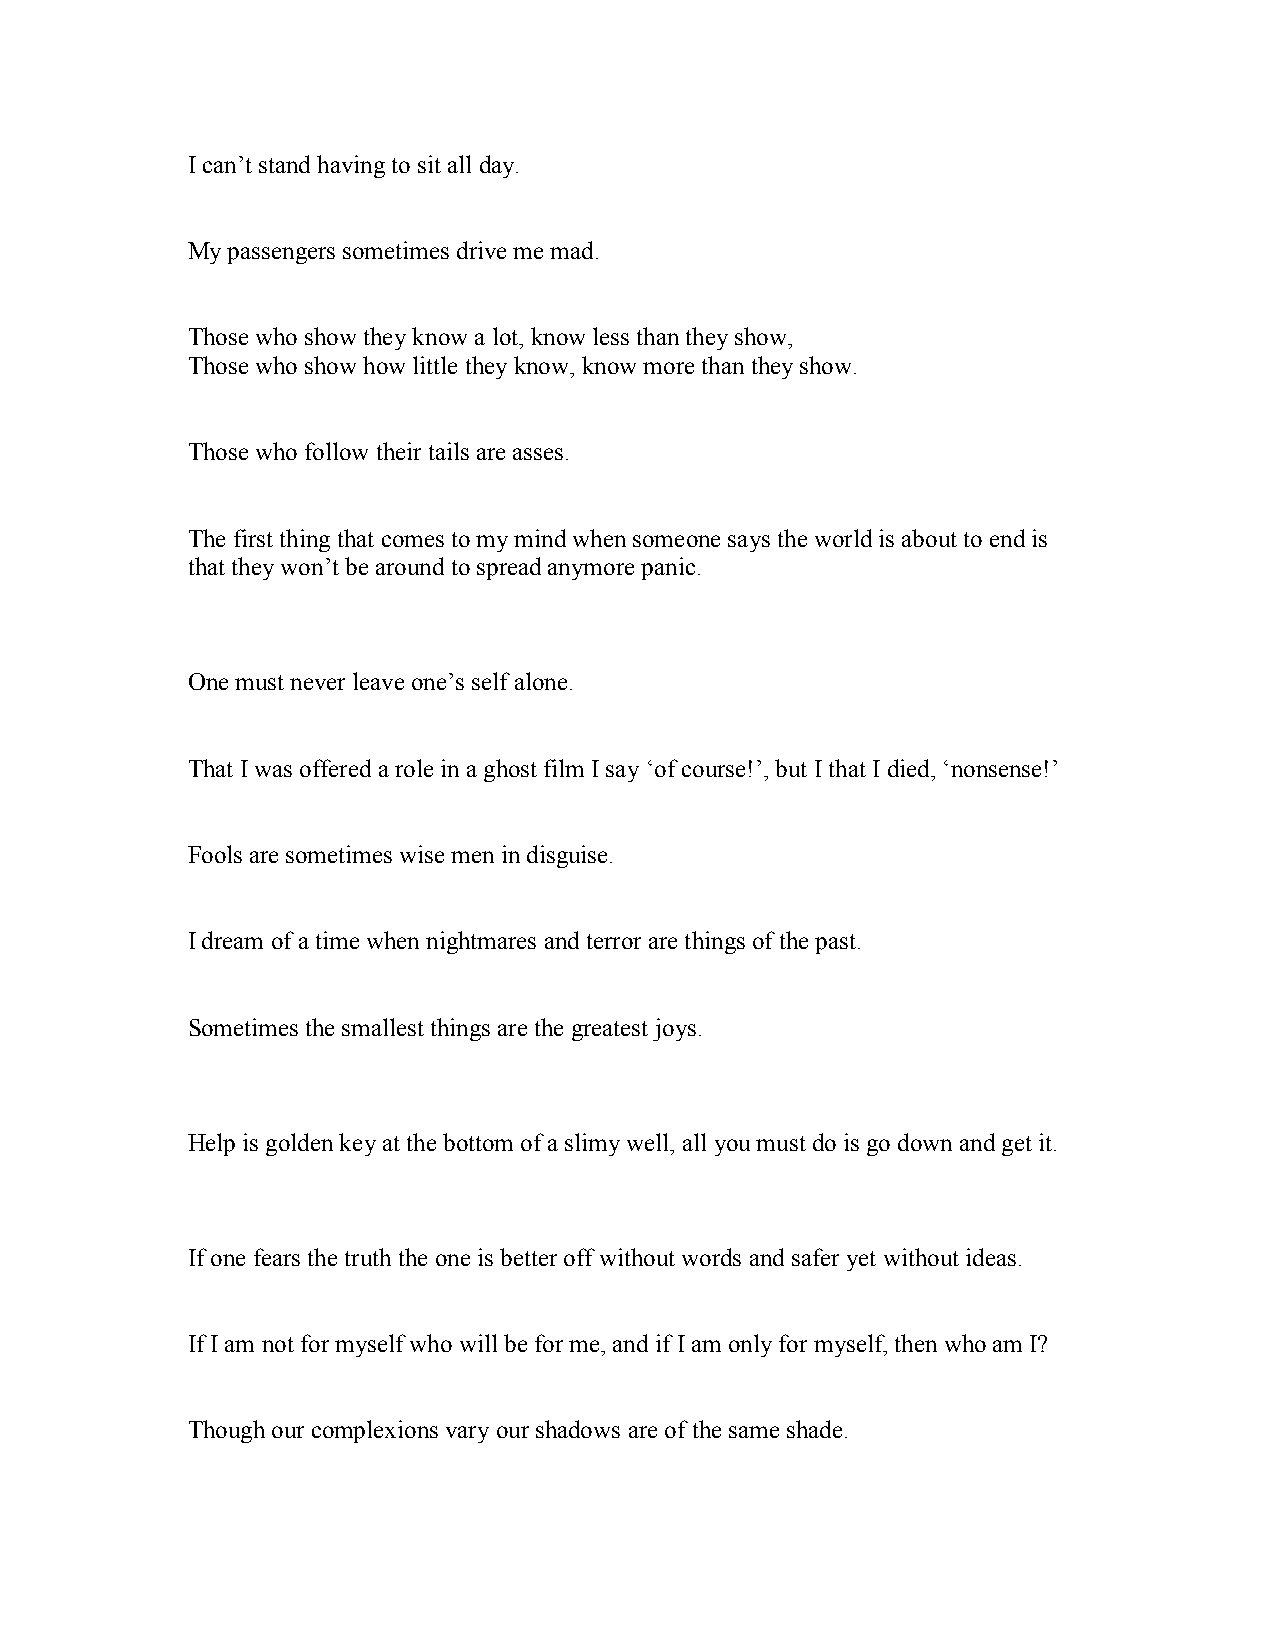
I can’t stand having to sit all day.
 My passengers sometimes drive me mad.
 Those who show they know a lot, know less than they show,
 Those who show how little they know, know more than they show.
 Those who follow their tails are asses.
 The first thing that comes to my mind when someone says the world is about to end is
 that they won’t be around to spread anymore panic.
 One must never leave one’s self alone.
 That I was offered a role in a ghost film I say ‘of course!’, but I that I died, ‘nonsense!’
 Fools are sometimes wise men in disguise.
 I dream of a time when nightmares and terror are things of the past.
 Sometimes the smallest things are the greatest joys.
 Help is golden key at the bottom of a slimy well, all you must do is go down and get it.
 If one fears the truth the one is better off without words and safer yet without ideas.
 If I am not for myself who will be for me, and if I am only for myself, then who am I?
 Though our complexions vary our shadows are of the same shade.